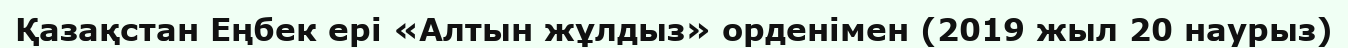
Қазақстан Еңбек ері «Алтын жұлдыз» орденімен (2019 жыл 20 наурыз)